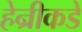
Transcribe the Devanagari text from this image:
हेन्रीकडे